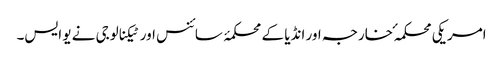
امریکی محکمہ ٔ خارجہ اور انڈیا کے محکمۂ سائنس اور ٹیکنالوجی نے یو ایس۔